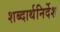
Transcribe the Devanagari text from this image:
शब्दार्थनिर्देश